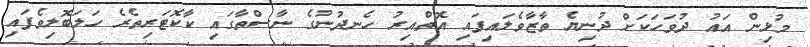
މުޅިން އައު ދުވަހަކަށް ދުނިޔެ ތާޒާވެލައިފައި އޮތްއިރު ހެނދުނުގެ ނާސްތާގައި ކާކޮޓަރިތެރެ ހަލަބޮލިވެފައި